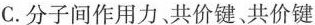
C.分子间作用力、共价键、共价键